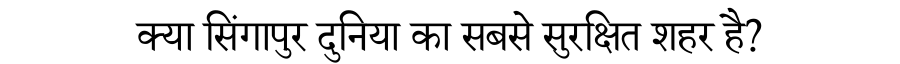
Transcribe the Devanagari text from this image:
क्या सिंगापुर दुनिया का सबसे सुरक्षित शहर है?